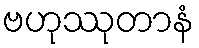
ဗဟုဿုတာနံ